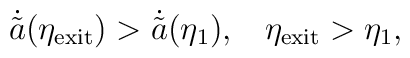
\dot{\tilde{a}}(\eta_{\rm exit})>\dot{\tilde{a}}(\eta_1) ,\;\;\;\eta_{\rm exit}>\eta_1 ,